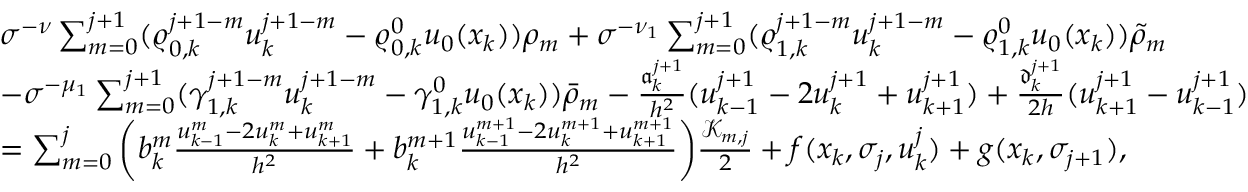
\begin{array} { r l } & { \sigma ^ { - \nu } \sum _ { m = 0 } ^ { j + 1 } ( \varrho _ { 0 , k } ^ { j + 1 - m } u _ { k } ^ { j + 1 - m } - \varrho _ { 0 , k } ^ { 0 } u _ { 0 } ( x _ { k } ) ) \rho _ { m } + \sigma ^ { - \nu _ { 1 } } \sum _ { m = 0 } ^ { j + 1 } ( \varrho _ { 1 , k } ^ { j + 1 - m } u _ { k } ^ { j + 1 - m } - \varrho _ { 1 , k } ^ { 0 } u _ { 0 } ( x _ { k } ) ) \Tilde \rho _ { m } } \\ & { - \sigma ^ { - \mu _ { 1 } } \sum _ { m = 0 } ^ { j + 1 } ( \gamma _ { 1 , k } ^ { j + 1 - m } u _ { k } ^ { j + 1 - m } - \gamma _ { 1 , k } ^ { 0 } u _ { 0 } ( x _ { k } ) ) \Bar \rho _ { m } - \frac { \mathfrak { a } _ { k } ^ { j + 1 } } { h ^ { 2 } } ( u _ { k - 1 } ^ { j + 1 } - 2 u _ { k } ^ { j + 1 } + u _ { k + 1 } ^ { j + 1 } ) + \frac { \mathfrak { d } _ { k } ^ { j + 1 } } { 2 h } ( u _ { k + 1 } ^ { j + 1 } - u _ { k - 1 } ^ { j + 1 } ) } \\ & { = \sum _ { m = 0 } ^ { j } \left( b _ { k } ^ { m } \frac { u _ { k - 1 } ^ { m } - 2 u _ { k } ^ { m } + u _ { k + 1 } ^ { m } } { h ^ { 2 } } + b _ { k } ^ { m + 1 } \frac { u _ { k - 1 } ^ { m + 1 } - 2 u _ { k } ^ { m + 1 } + u _ { k + 1 } ^ { m + 1 } } { h ^ { 2 } } \right) \! \frac { \mathcal { K } _ { m , j } } { 2 } + f ( x _ { k } , \sigma _ { j } , u _ { k } ^ { j } ) + g ( x _ { k } , \sigma _ { j + 1 } ) , } \end{array}